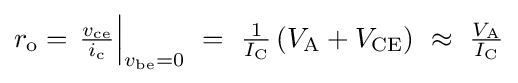
\textstyle r_{\text{o}}=\left.{\frac {v_{\text{ce}}}{i_{\text{c}}}}\right\vert _{v_{\text{be}}=0}~=~{\frac {1}{I_{\text{C}}}}\left(V_{\text{A}}+V_{\text{CE}}\right)~\approx ~{\frac {V_{\text{A}}}{I_{\text{C}}}}